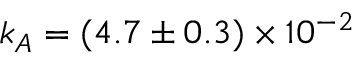
k _ { A } = ( 4 . 7 \pm 0 . 3 ) \times 1 0 ^ { - 2 }